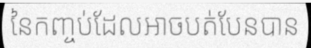
នៃកញ្ចប់ដែលអាចបត់បែនបាន